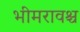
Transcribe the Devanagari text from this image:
भीमरावश्च